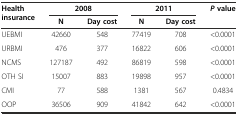
| Health insurance | <COLSPAN=2> 2008 | <COLSPAN=2> 2011 | Pvalue |
 |  | N | Day cost | N | Day cost |  |
 | --- | --- | --- | --- | --- | --- |
 | UEBMI | 42660 | 548 | 77419 | 708 | <0.0001 |
 | URBMI | 476 | 377 | 16822 | 606 | <0.0001 |
 | NCMS | 127187 | 492 | 86819 | 598 | <0.0001 |
 | OTH SI | 15007 | 883 | 19898 | 957 | <0.0001 |
 | CMI | 77 | 588 | 1381 | 567 | 0.4834 |
 | OOP | 36506 | 909 | 41842 | 642 | <0.0001 |